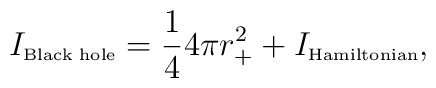
I_{\mbox{\tiny Black hole}}=\frac{1}{4}4\pi r_{+}^{2}+I_{\mbox{\tiny Hamiltonian}},